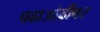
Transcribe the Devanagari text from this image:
चढाओढीवर